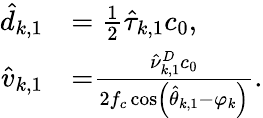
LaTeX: \begin{array}{rl}{{{\hat{d}}_{k,1}}}&{=\frac{1}{2}{{\hat{\tau}}_{k,1}}{c_{0}},}\\ {{{\hat{v}}_{k,1}}}&{\mathrm{{=}}\frac{{\hat{\nu}_{k,1}^{D}{c_{0}}}}{{2{f_{c}}\cos\left({{{\hat{\theta}}_{k,1}}-\varphi_{k}}\right)}}.}\end{array}